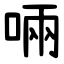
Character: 啢